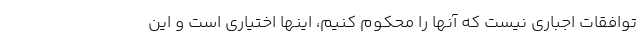
توافقات اجباری نیست که آنها را محکوم کنیم، اینها اختیاری است و این